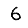
Digit: 6